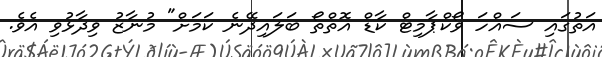
އަތުގައި ސައްހަ ވޯކްޕާމިޓް ކާޑް އޮތްތޯ ބަލައިދޭނެ ކަމަށް" މުނާޒު ވިދާޅުވި އެވެ.